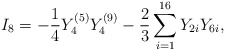
\begin{align*}I_8 = -{1 \over 4} Y_4^{(5)} Y_4^{(9)} -{2 \over3}\sum_{i=1}^{16} Y_{2i} Y_{6i},\end{align*}